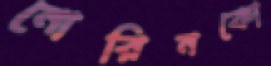
নোরিনকো